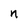
Character: n